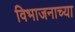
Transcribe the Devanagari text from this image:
विभाजनाच्या